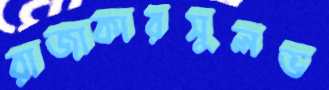
রাজাকারসুলভ